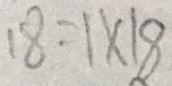
1 8 = 1 \times 1 8